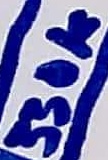
Text: 3330K